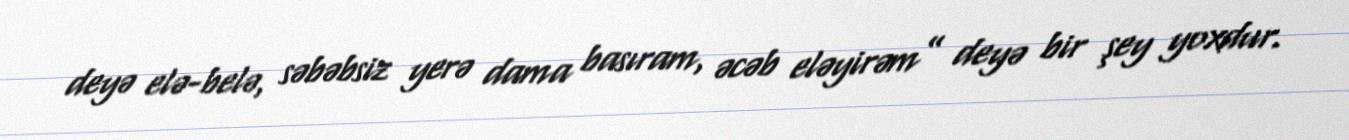
deyə elə-belə, səbəbsiz yerə dama basıram, əcəb eləyirəm” deyə bir şey yoxdur.